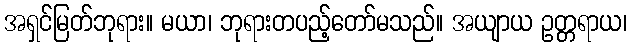
အရှင်မြတ်ဘုရား။ မယာ၊ ဘုရားတပည့်တော်မသည်။ အယျာယ ဥတ္တရာယ၊